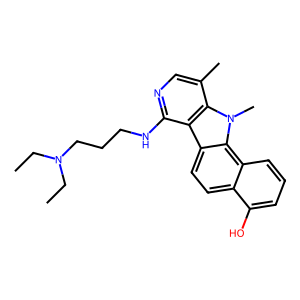
SMILES: CCN(CC)CCCNc1ncc(C)c2c1c1ccc3c(O)cccc3c1n2C
Inhibits HIV replication: No